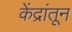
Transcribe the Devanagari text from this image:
केंद्रांतून